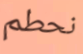
نحطم